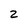
Character: 2